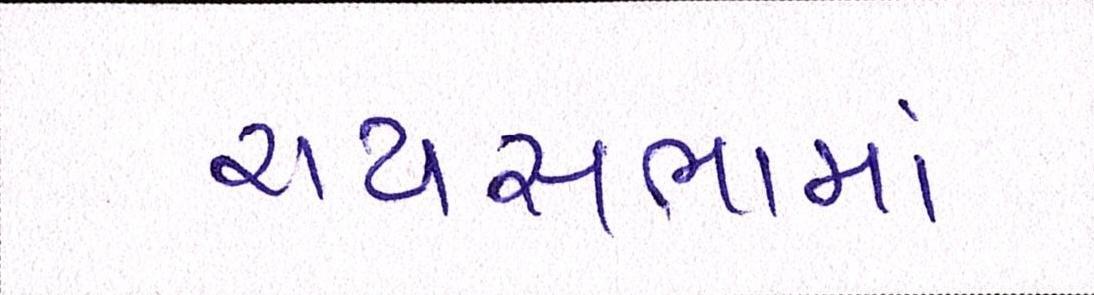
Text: રાયસભામાં